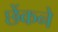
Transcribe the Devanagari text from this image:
छेंकने